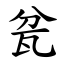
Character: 瓫